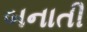
બનાતી